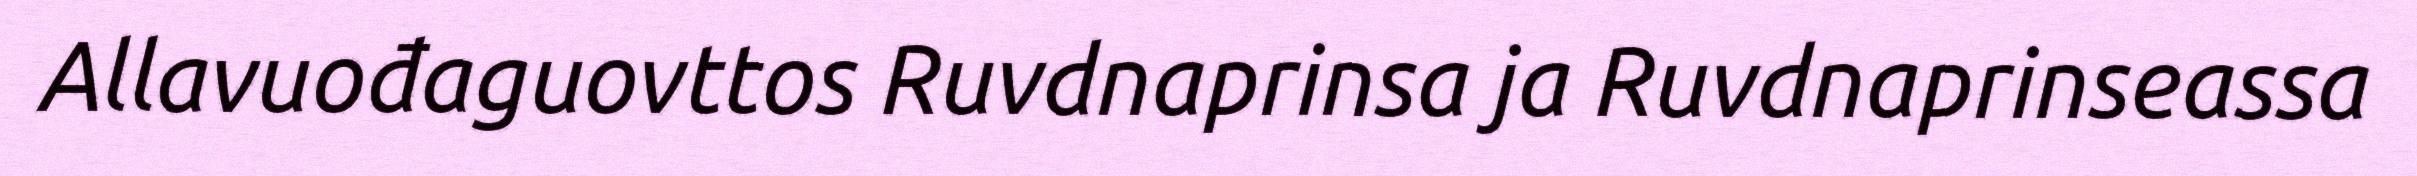
Allavuođaguovttos Ruvdnaprinsa ja Ruvdnaprinseassa